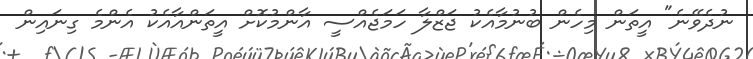
ނުދެވޭނެ" އީތަން މިހެން ބުނުމާއެކު ޖަޒްލާ ހަމަޖެއްސީ އާންމުކޮށް އީތަންއާއެކު އެންމެ ގިނައިން